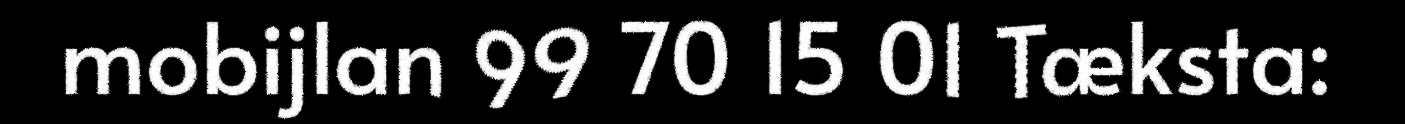
mobijlan 99 70 15 01 Tæksta: